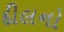
દીલનો